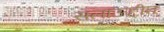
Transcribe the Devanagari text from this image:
सलाऊद्दीन